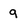
Character: 9